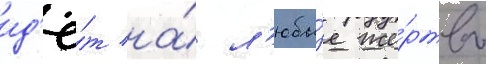
ид'ё́т на́ л'юбы́е же́ртвы